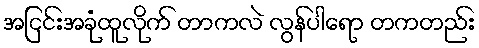
အငြင်းအခုံထူလိုက် တာကလဲ လွန်ပါရော တကတည်း